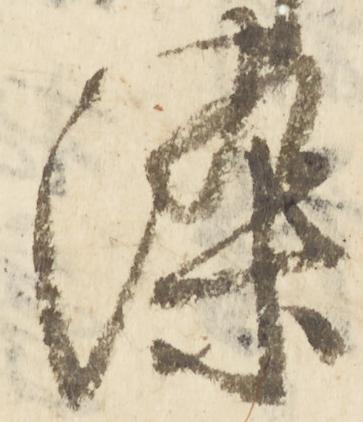
染